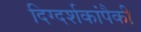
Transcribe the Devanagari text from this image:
दिग्दर्शकांपैकी